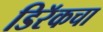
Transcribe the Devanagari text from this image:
डिरॅकचा